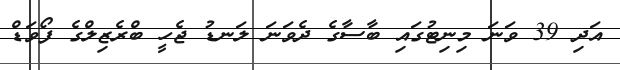
އަދި 39 ވަނަ މިނިޓުގައި ބާސާގެ ދެވަނަ ލަނޑު ޖެހީ ބްރެޒިލްގެ ފޯވަޑް